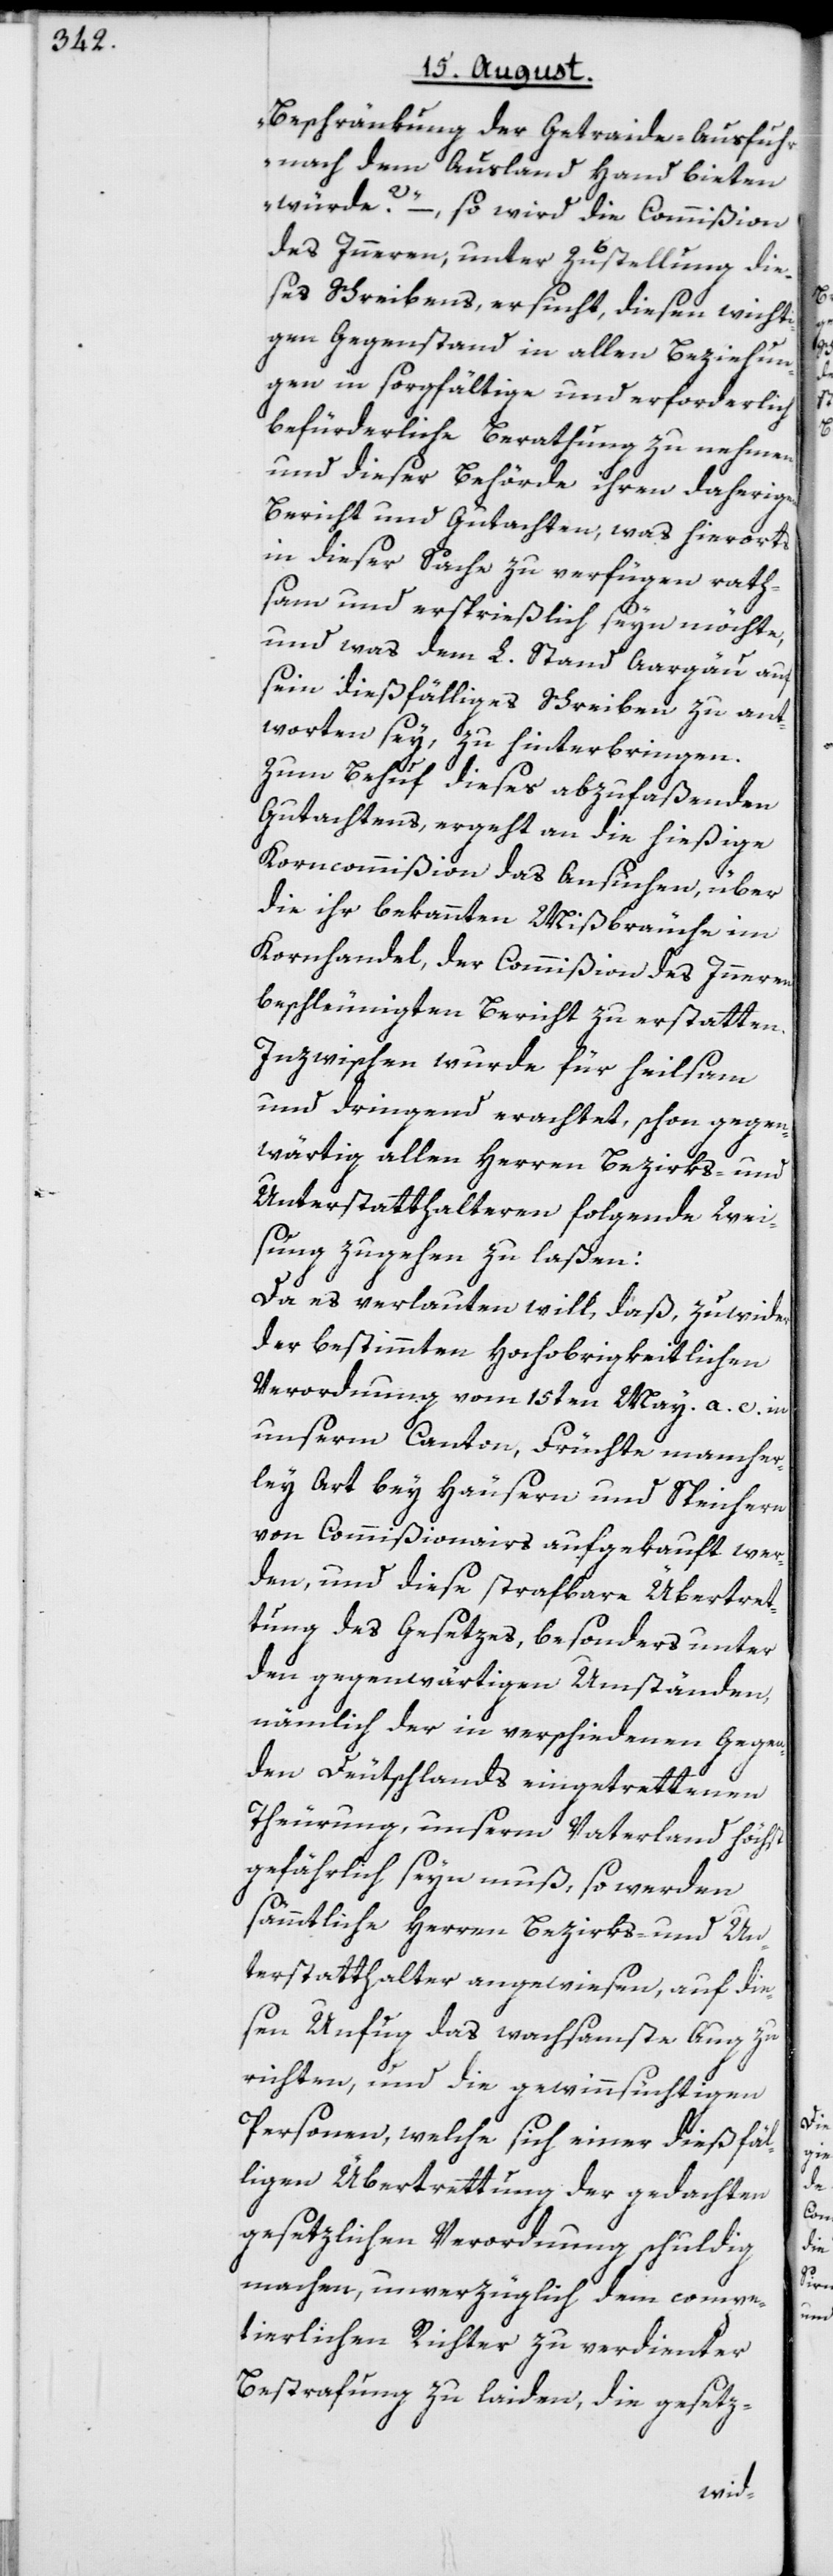
Beschränkung der Getraide-Ausfuhr
nach dem Ausland Hand bieten
würde?“ –, so wird die Commißion
des Inneren, unter Zustellung die¬
ses Schreibens, ersucht, diesen wicht¬
igen Gegenstand in allen Beziehun¬
gen in sorgfältige und erforderlich
befürderliche Berathung zu nehmen,
und dieser Behörde ihren daherigen
Bericht und Gutachten, was hierorts
in dieser Sache zu verfügen rath¬
sam und ersprießlich seyn möchte,
und was dem L. Stand Aargau auf
sein dießfälliges Schreiben zu ant¬
worten sey, zu hinterbringen.
Zum Behuf dieses abzufaßenden
Gutachtens, ergeht an die hießige
Korncommißion das Ansuchen, über
die ihr bekannten Mißbräuche im
Kornhandel, der Commißion des Inneren
beschleunigten Bericht zu erstatten.
Inzwischen wurde für heilsam
und dringend erachtet, schon gegen¬
wärtig allen Herren Bezirks- und
Unterstatthalteren folgende Wei¬
sung zugehen zu laßen:
Da es verlauten will, daß, zuwider
der bestimmten Hochobrigkeitlichen
Verordnung vom 15ten May a. c. in
unserm Canton, Früchte mancher¬
ley Art bey Häusern und Speichern
von Commißionairs aufgekauft wer¬
den, und diese strafbare Übertret¬
tung des Gesetzes, besonders unter
den gegenwärtigen Umständen,
nämlich der in verschiedenen Gegen¬
den Deutschlands eingetrettenen
Theurung, unserm Vaterland höchst
gefährlich seyn muß, so werden
sämmtliche Herren Bezirks- und Un¬
terstatthalter angewiesen, auf die¬
sen Unfug das wachsamste Aug zu
richten, und die gewinnsüchtigen
Personen, welche sich einer dießfäl¬
ligen Übertrettung der gedachten
gesetzlichen Verordnung schuldig
machen, unverzüglich dem compe¬
tierlichen Richter zu verdienter
Bestrafung zu laiden, die gesetz-